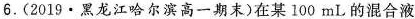
6.(2019· 黑龙江哈尔滨高一期末)在某100mL的混合液